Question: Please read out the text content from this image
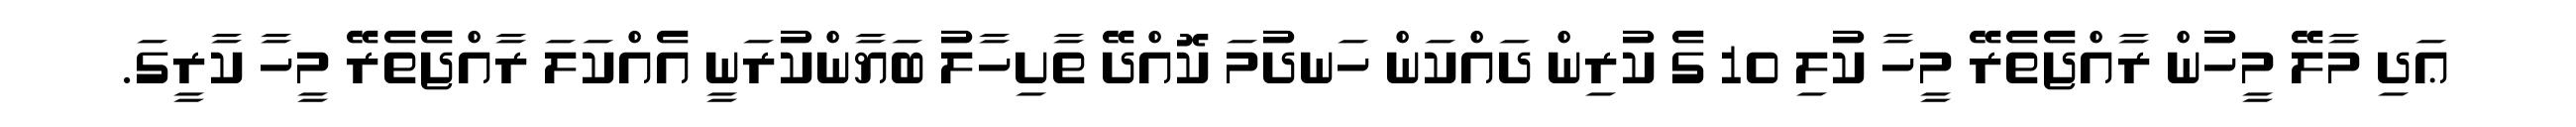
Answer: ޢަދި މާލޭ މީހުން ރާއްޖެތެރޭ މީހާ ކުލި 10 ގެ ކުރިން ދައްކަން ހަނދުމަ ކޮއްދޭ ތާށިހާލު ބަޔާންކުރަނީ އެއްކަލަ ރާއްޖެތެރޭ މީހާ ކާރީގަ.